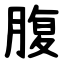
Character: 腹